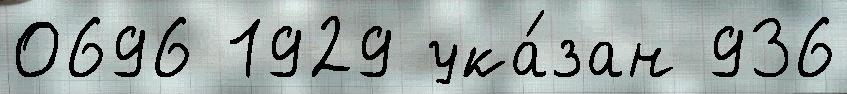
0696 1929 ука́зан 936